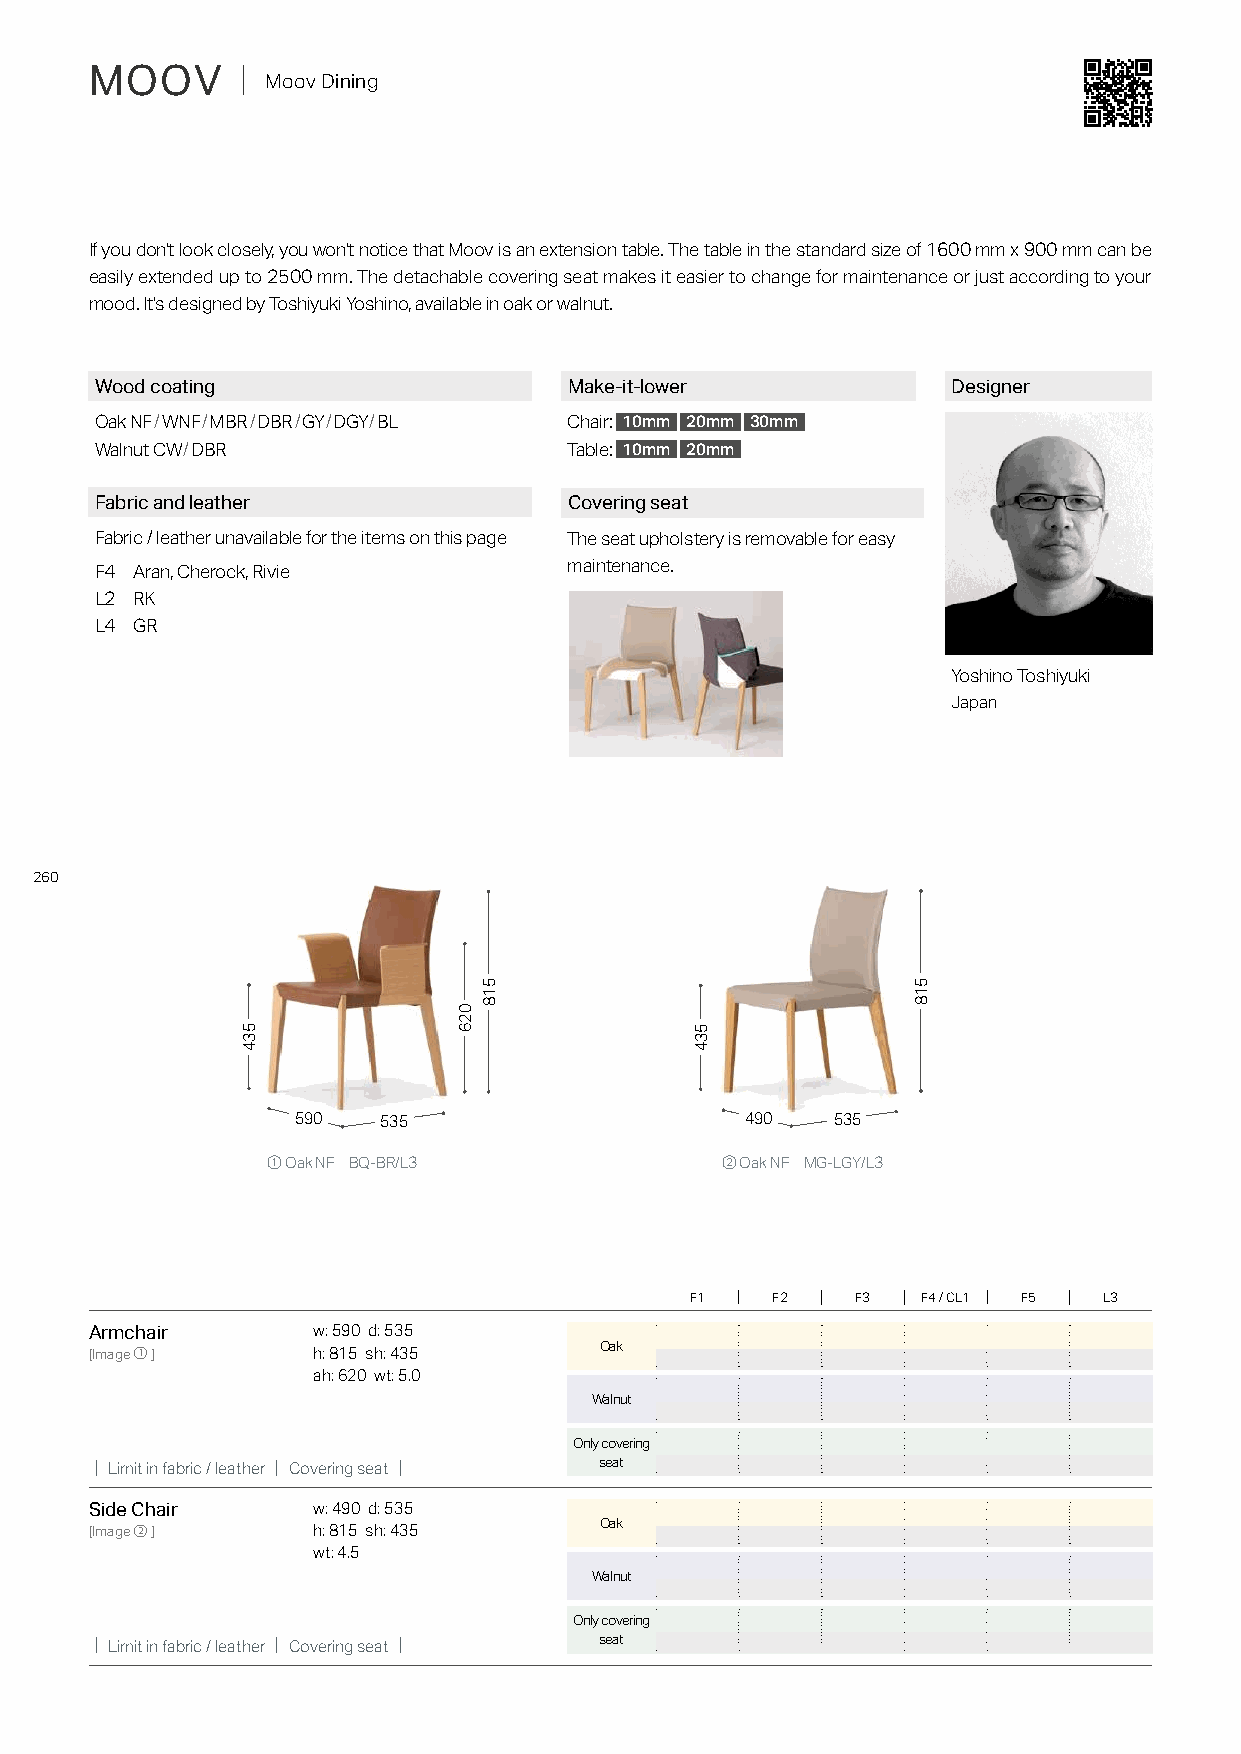
MOOV      ｜ Moov Dining
 If you don't look closely, you won't notice that Moov is an extension table. The table in the standard size of 1600 mm x 900 mm can be
 easily extended up to 2500 mm. The detachable covering seat makes it easier to change for maintenance or just according to your
 mood. It's designed by Toshiyuki Yoshino, available in oak or walnut.
 Wood coating                    Make-it-lower            Designer
 Oak NF/WNF/MBR/DBR/GY/DGY/BL    Chair: 10mm 20mm 30mm
 Walnut CW/DBR                   Table: 10mm 20mm
 Fabric and leather              Covering seat
 Fabric / leather unavailable for the items on this page The seat upholstery is removable for easy
 F4 Aran, Cherock, Rivie         maintenance.
 L2 RK
 L4 GR
 Yoshino Toshiyuki
 Japan
 260
 590  535                     490   535
 ① Oak NF BQ-BR/L3             ② Oak NF MG-LGY/L3
 F1   F2    F3  F4 / CL1 F5 L3
 Armchair       w: 590 d: 535
 Oak
 [Image①]       h: 815 sh: 435
 ah: 620 wt: 5.0
 Walnut
 Only covering
 ｜Limit in fabric / leather｜Covering seat｜
 seat
 Side Chair     w: 490 d: 535
 Oak
 [Image②]       h: 815 sh: 435
 wt: 4.5
 Walnut
 Only covering
 ｜Limit in fabric / leather｜Covering seat｜
 seat
 534
 026
 518
 534
 518